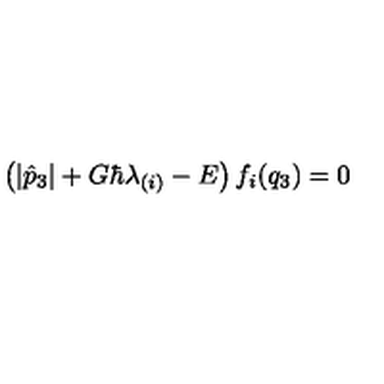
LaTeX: \left( | \hat { p } _ { 3 } | + G \hbar \lambda _ { ( i ) } - E \right) f _ { i } ( q _ { 3 } ) = 0